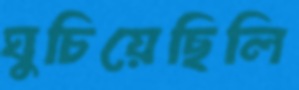
ঘুচিয়েছিলি